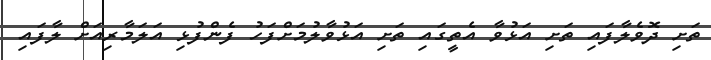
ތަށި ދޮވެލާފައި ތަށި އަޅުވާ އެތީގައި ތަށި އަޅުވާލުމަށްފަހު ފެންފުޅި އަލަމާރިއަށް ލާފައި